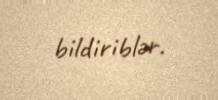
bildiriblər.